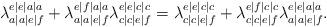
LaTeX: \begin{align*}\lambda_{a|a|e|f}^{e|e|a|a} + \lambda_{a|a|e|f}^{e|f|a|a}\lambda_{c|c|e|f}^{e|e|c|c} = \lambda_{c|c|e|f}^{e|e|c|c} + \lambda_{c|c|e|f}^{e|f|c|c}\lambda_{a|a|e|f}^{e|e|a|a}.\end{align*}